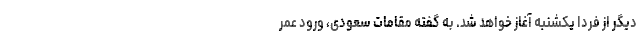
دیگر از فردا یکشنبه آغاز خواهد شد. به گفته مقامات سعودی، ورود عمر